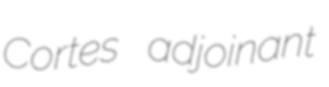
Cortes adjoinant